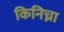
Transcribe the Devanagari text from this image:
किनिच्ना